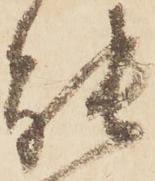
能